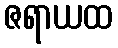
ဇရာယထ